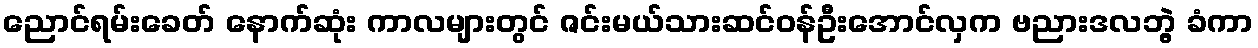
ညောင်ရမ်းခေတ် နောက်ဆုံး ကာလများတွင် ဇင်းမယ်သားဆင်ဝန်ဦးအောင်လှက ဗညားဒလဘွဲ့ ခံကာ